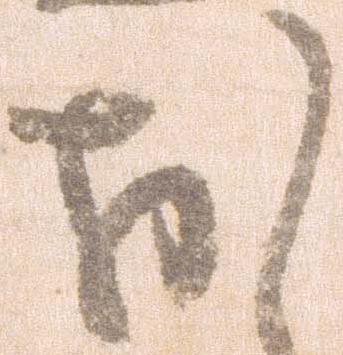
お